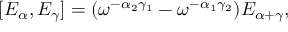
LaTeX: [ E _ { \alpha } , E _ { \gamma } ] = ( \omega ^ { - \alpha _ { 2 } \gamma _ { 1 } } - \omega ^ { - \alpha _ { 1 } \gamma _ { 2 } } ) E _ { \alpha + \gamma } ,